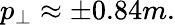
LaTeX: p_{\perp}\approx\pm 0.84m.